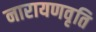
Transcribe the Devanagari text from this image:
नारायणवृति